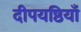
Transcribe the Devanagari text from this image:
दीपयष्ठियाँ